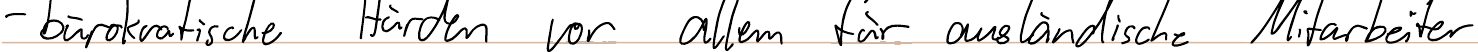
- bürokratische Hürden vor allem für ausländische Mitarbeiter